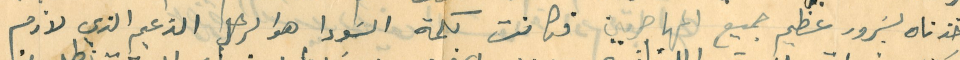
اخذناه بسَرور عظيم جميع المهاجرين فكانت كلمة السَودا  هو الرجل الزعيم الذي لازم